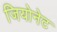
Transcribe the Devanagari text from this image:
जियोनेट